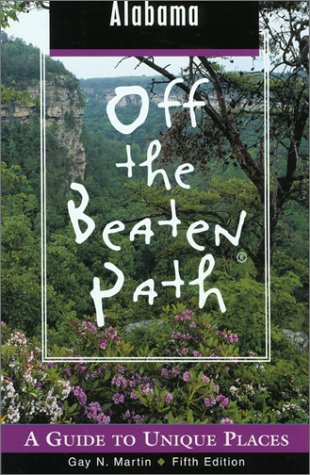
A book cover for Alabama Off the Beaten Path, 5th: A Guide to Unique Places (Off the Beaten Path Series); Gay N. Martin; Travel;